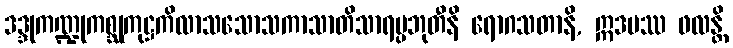
ဒဒ္ဒုကဏ္ဍုကစ္ဆုကုဋ္ဌကိလာသသောသကာသာတိသာရပ္ပဘုတီနိ ရောဂသတာနိ, ဣဒမဿ ဖလန္တိ